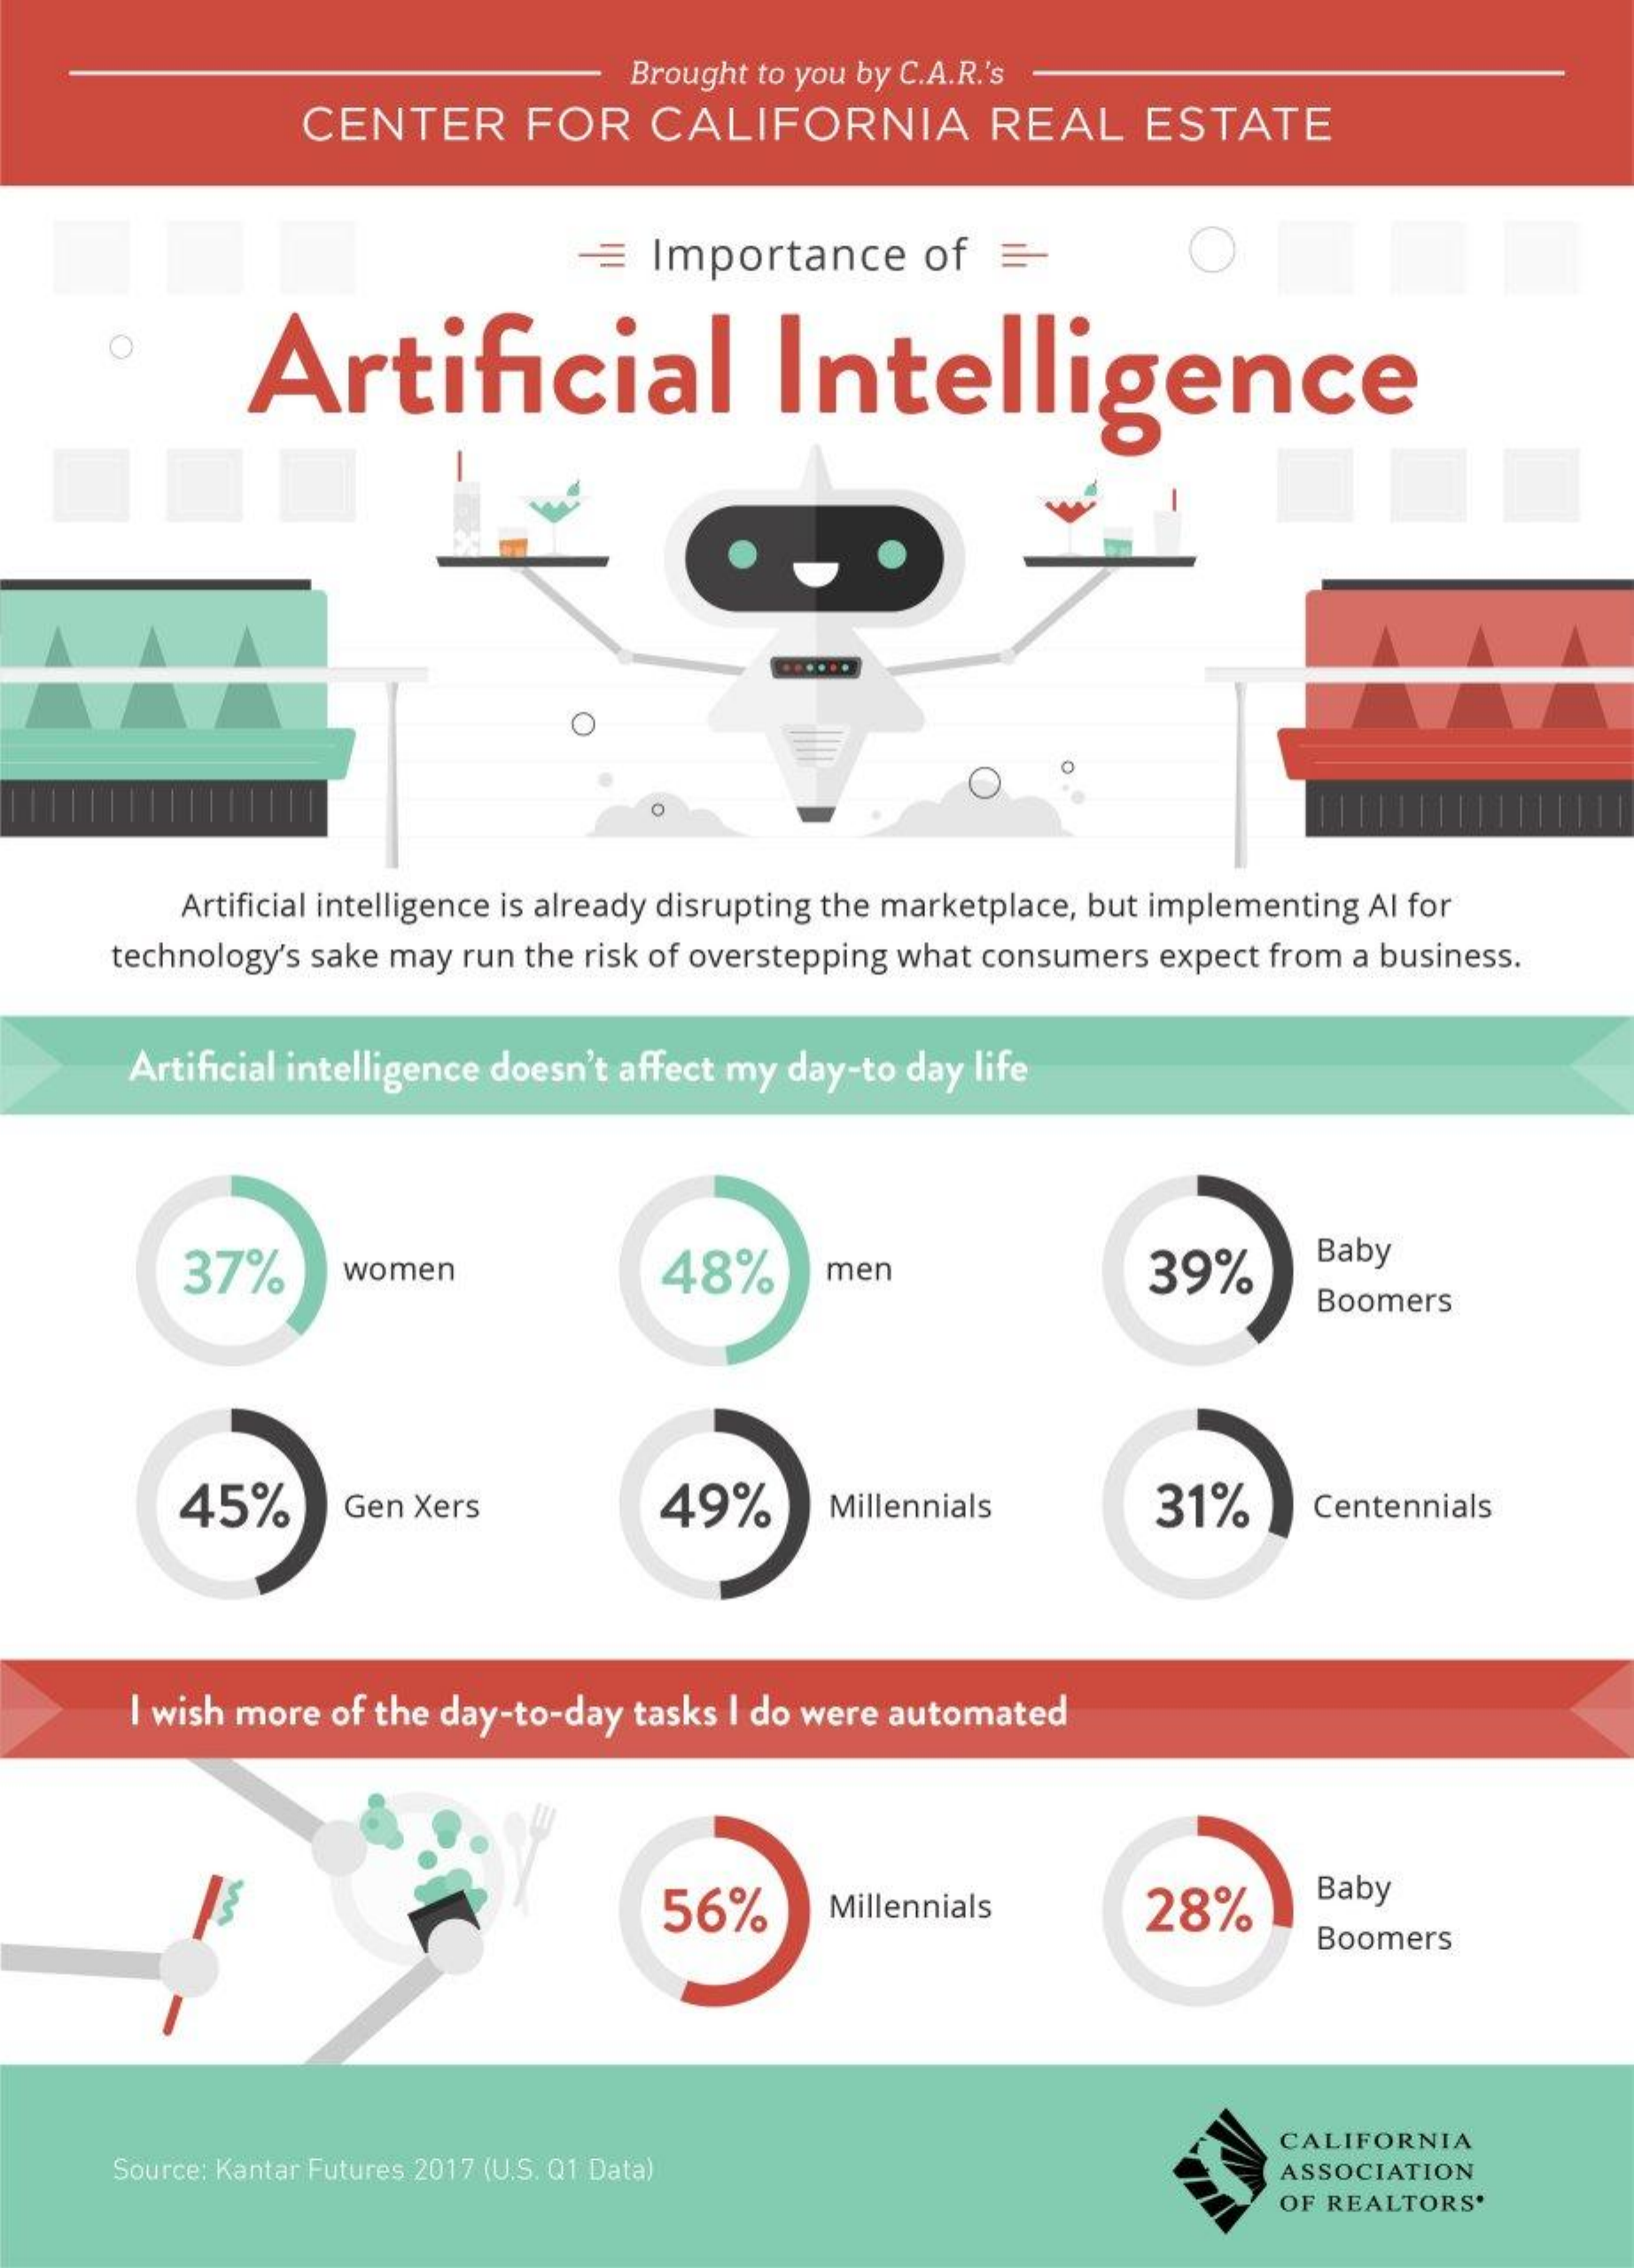
Brought to you by C.A.R.'s
     CENTER    FOR    CALIFORNIA    REAL    ESTATE
     =  Importance    of  =-
     Artificial    Intelligence
     Artificial intelligence is already disrupting the marketplace, but implementing Al for
     technology's sake may run the risk of overstepping what consumers expect from a business.
     Artificial intelligence doesn't affect my day-to day life
     37%    women    48%    men    39%
     Baby
     Boomers
     45%    Gen Xers    49%    Millennials    31%    Centennials
     I wish more of the day-to-day tasks I do were automated
     56%    Millennials    28%
     Baby
     Boomers
     Source: Kantar Futures 2017 (U.S. Q1 Data)
     CALIFORNIA
     ASSOCIATION
     OF REALTORS'